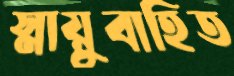
স্নায়ুবাহিত